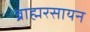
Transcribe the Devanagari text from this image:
ब्राह्मरसायन